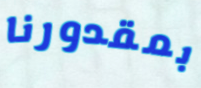
بمقدورنا